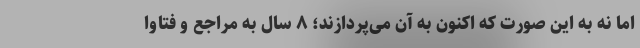
اما نه به این صورت که اکنون به آن می‌پردازند؛ ۸ سال به مراجع و فتاوا